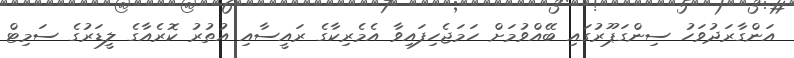
އަންގާރަދުވަހު ސިންގަޕޫރުގައި ބޭއްވުމަށް ހަމަޖެހިފައިވާ އެމެރިކާގެ ރައީސާއި އުތުރު ކޮރެއާގެ ލީޑަރުގެ ސަމިޓް